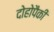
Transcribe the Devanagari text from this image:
दोहोपैकी